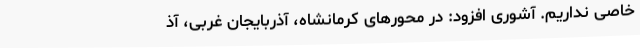
خاصی نداریم. آشوری افزود: در محورهای کرمانشاه، آذربایجان غربی، آذ